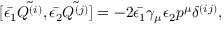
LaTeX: [ \bar { \epsilon _ { 1 } } \tilde { Q ^ { ( i ) } } , \bar { \epsilon _ { 2 } } \tilde { Q ^ { ( j ) } } ] = - 2 \bar { \epsilon _ { 1 } } \gamma _ { \mu } \epsilon _ { 2 } p ^ { \mu } \delta ^ { ( i j ) } ,